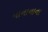
નાનાનાના